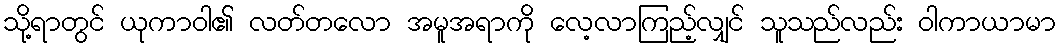
သို့ရာတွင် ယုကာဝါ၏ လတ်တလော အမူအရာကို လေ့လာကြည့်လျှင် သူသည်လည်း ဝါကာယာမာ